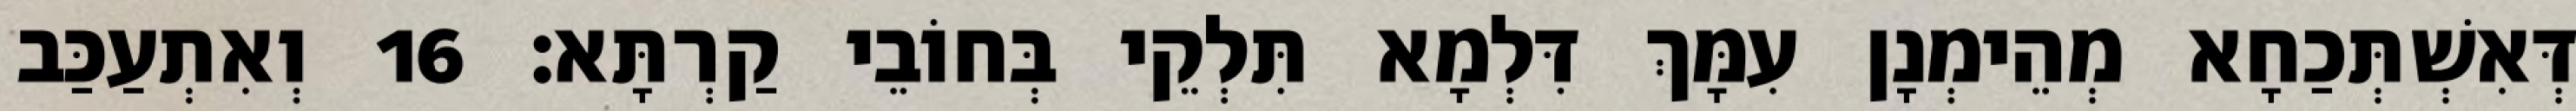
דְּאִשְׁתְּכַחָא מְהֵימְנָן עִמָּךְ דִּלְמָא תִּלְקֵי בְּחוֹבֵי קַרְתָּא׃ 16 וְאִתְעַכַּב